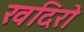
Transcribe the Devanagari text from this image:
खदिरो